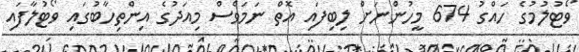
ވޯޓުލުމުގެ ހައްގު 674 މީހުންނަށް ލިބިފައި އޮތް ނަމަވެސް މިއަދުގެ އިންތިހާބުގައި ވޯޓުލާފައި